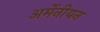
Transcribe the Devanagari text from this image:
अर्मेनीयन